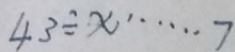
4 3 \div x \cdots 7